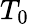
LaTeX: T_{0}